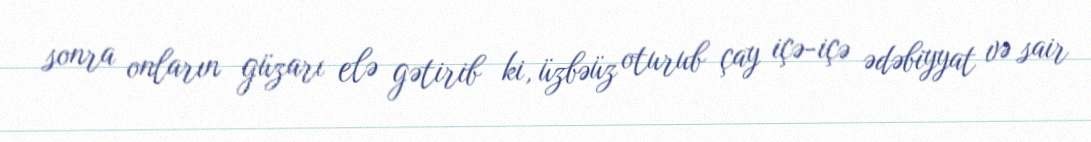
sonra onların güzarı elə gətirib ki, üzbəüz oturub çay içə-içə ədəbiyyat və sair